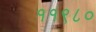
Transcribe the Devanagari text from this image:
११९८०